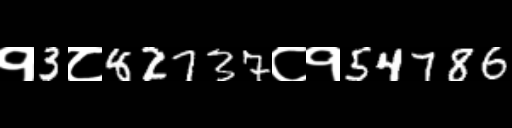
Text: १3८82737८१54786